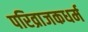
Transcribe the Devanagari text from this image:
परिव्राजकधर्म